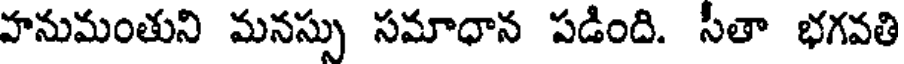
హనుమంతుని మనస్సు సమాధాన పడింది. సీతా భగవతి